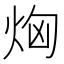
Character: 𤈤